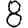
Digit: 8